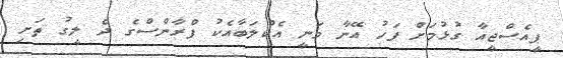
ޕީއެސްޖީއާ ގުޅުމަށް ފަހު އޭނާ ވަނީ އެކްލަބާއެކު ފްރާންސްގެ ދެ ލީގު ތަށި